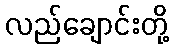
လည်ချောင်းတို့